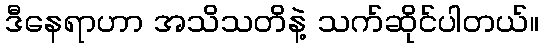
ဒီနေရာဟာ အသိသတိနဲ့ သက်ဆိုင်ပါတယ်။